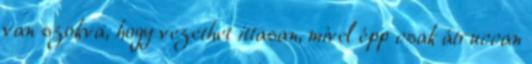
van szokva, hogy vezethet ittasan, mivel épp csak átruccan